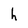
Character: h